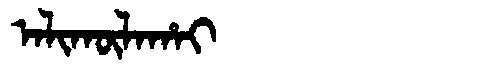
Manchu: ᠠᠯᡳᡴᡡᠯᠠᡥᠠᡳ
Romanization: ALIKŪLAHAI